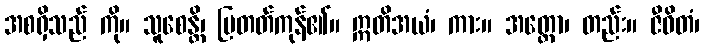
အစရှိသည် ကို။ သူစေန္တိ၊ ပြတတ်ကုန်၏။ ဣတိအယံ၊ ကား။ အတ္ထော၊ တည်း။ ဇီဝိတံ၊